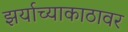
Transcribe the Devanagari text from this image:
झर्याच्याकाठावर